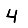
Digit: 4